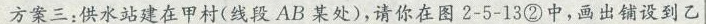
方案三：供水站建在甲村(线段AB某处)，请你在图2-5-13②中，画出铺设到乙